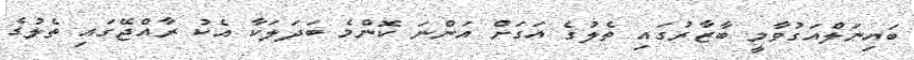
ބައިނަލްއަގުވާމީ ބާޒާރުގައި ތެލުގެ އަގަށް އަންނަ ކޮންމެ ބަދަލަކާ އެކު ރާއްޖޭގައި ތެލުގެ